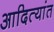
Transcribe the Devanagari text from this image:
आदित्यांत